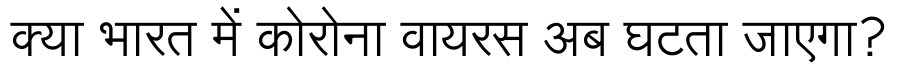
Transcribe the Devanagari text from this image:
क्या भारत में कोरोना वायरस अब घटता जाएगा?